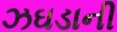
ઝઘડાની